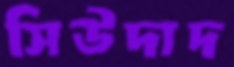
সিউদাদ